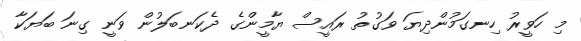
މި ހަވީރު ހިނގަމުންދިޔަ ވަގުތު ރައީސް ޔާމީންގެ ދެކަނބަލުން ވަނީ ގިނަ ބަޔަކާ